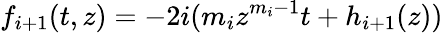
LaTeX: f_{i+1}(t,z)=-2i(m_{i}z^{m_{i}-1}t+h_{i+1}(z))